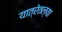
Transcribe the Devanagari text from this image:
यात्रेतल्या